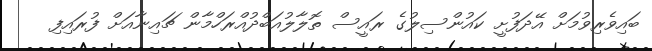
ބައިވެރިވުމަށް އޭދަފުށީ ކައުންސިލުގެ ރައީސް ތޮލާލުއަބްދުއްރަހްމާން ޗައިނާއަށް ފުރައިފި